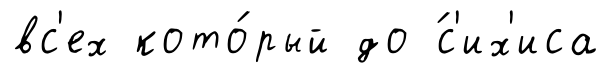
вс'ех кото́рый до ́с'их'иса